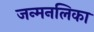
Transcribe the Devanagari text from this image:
जन्मनलिका